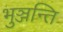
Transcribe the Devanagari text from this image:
भुञ्जन्ति